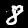
Digit: 8